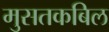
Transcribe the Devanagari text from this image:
मुसतकबिल